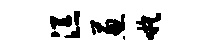
添葱嗾